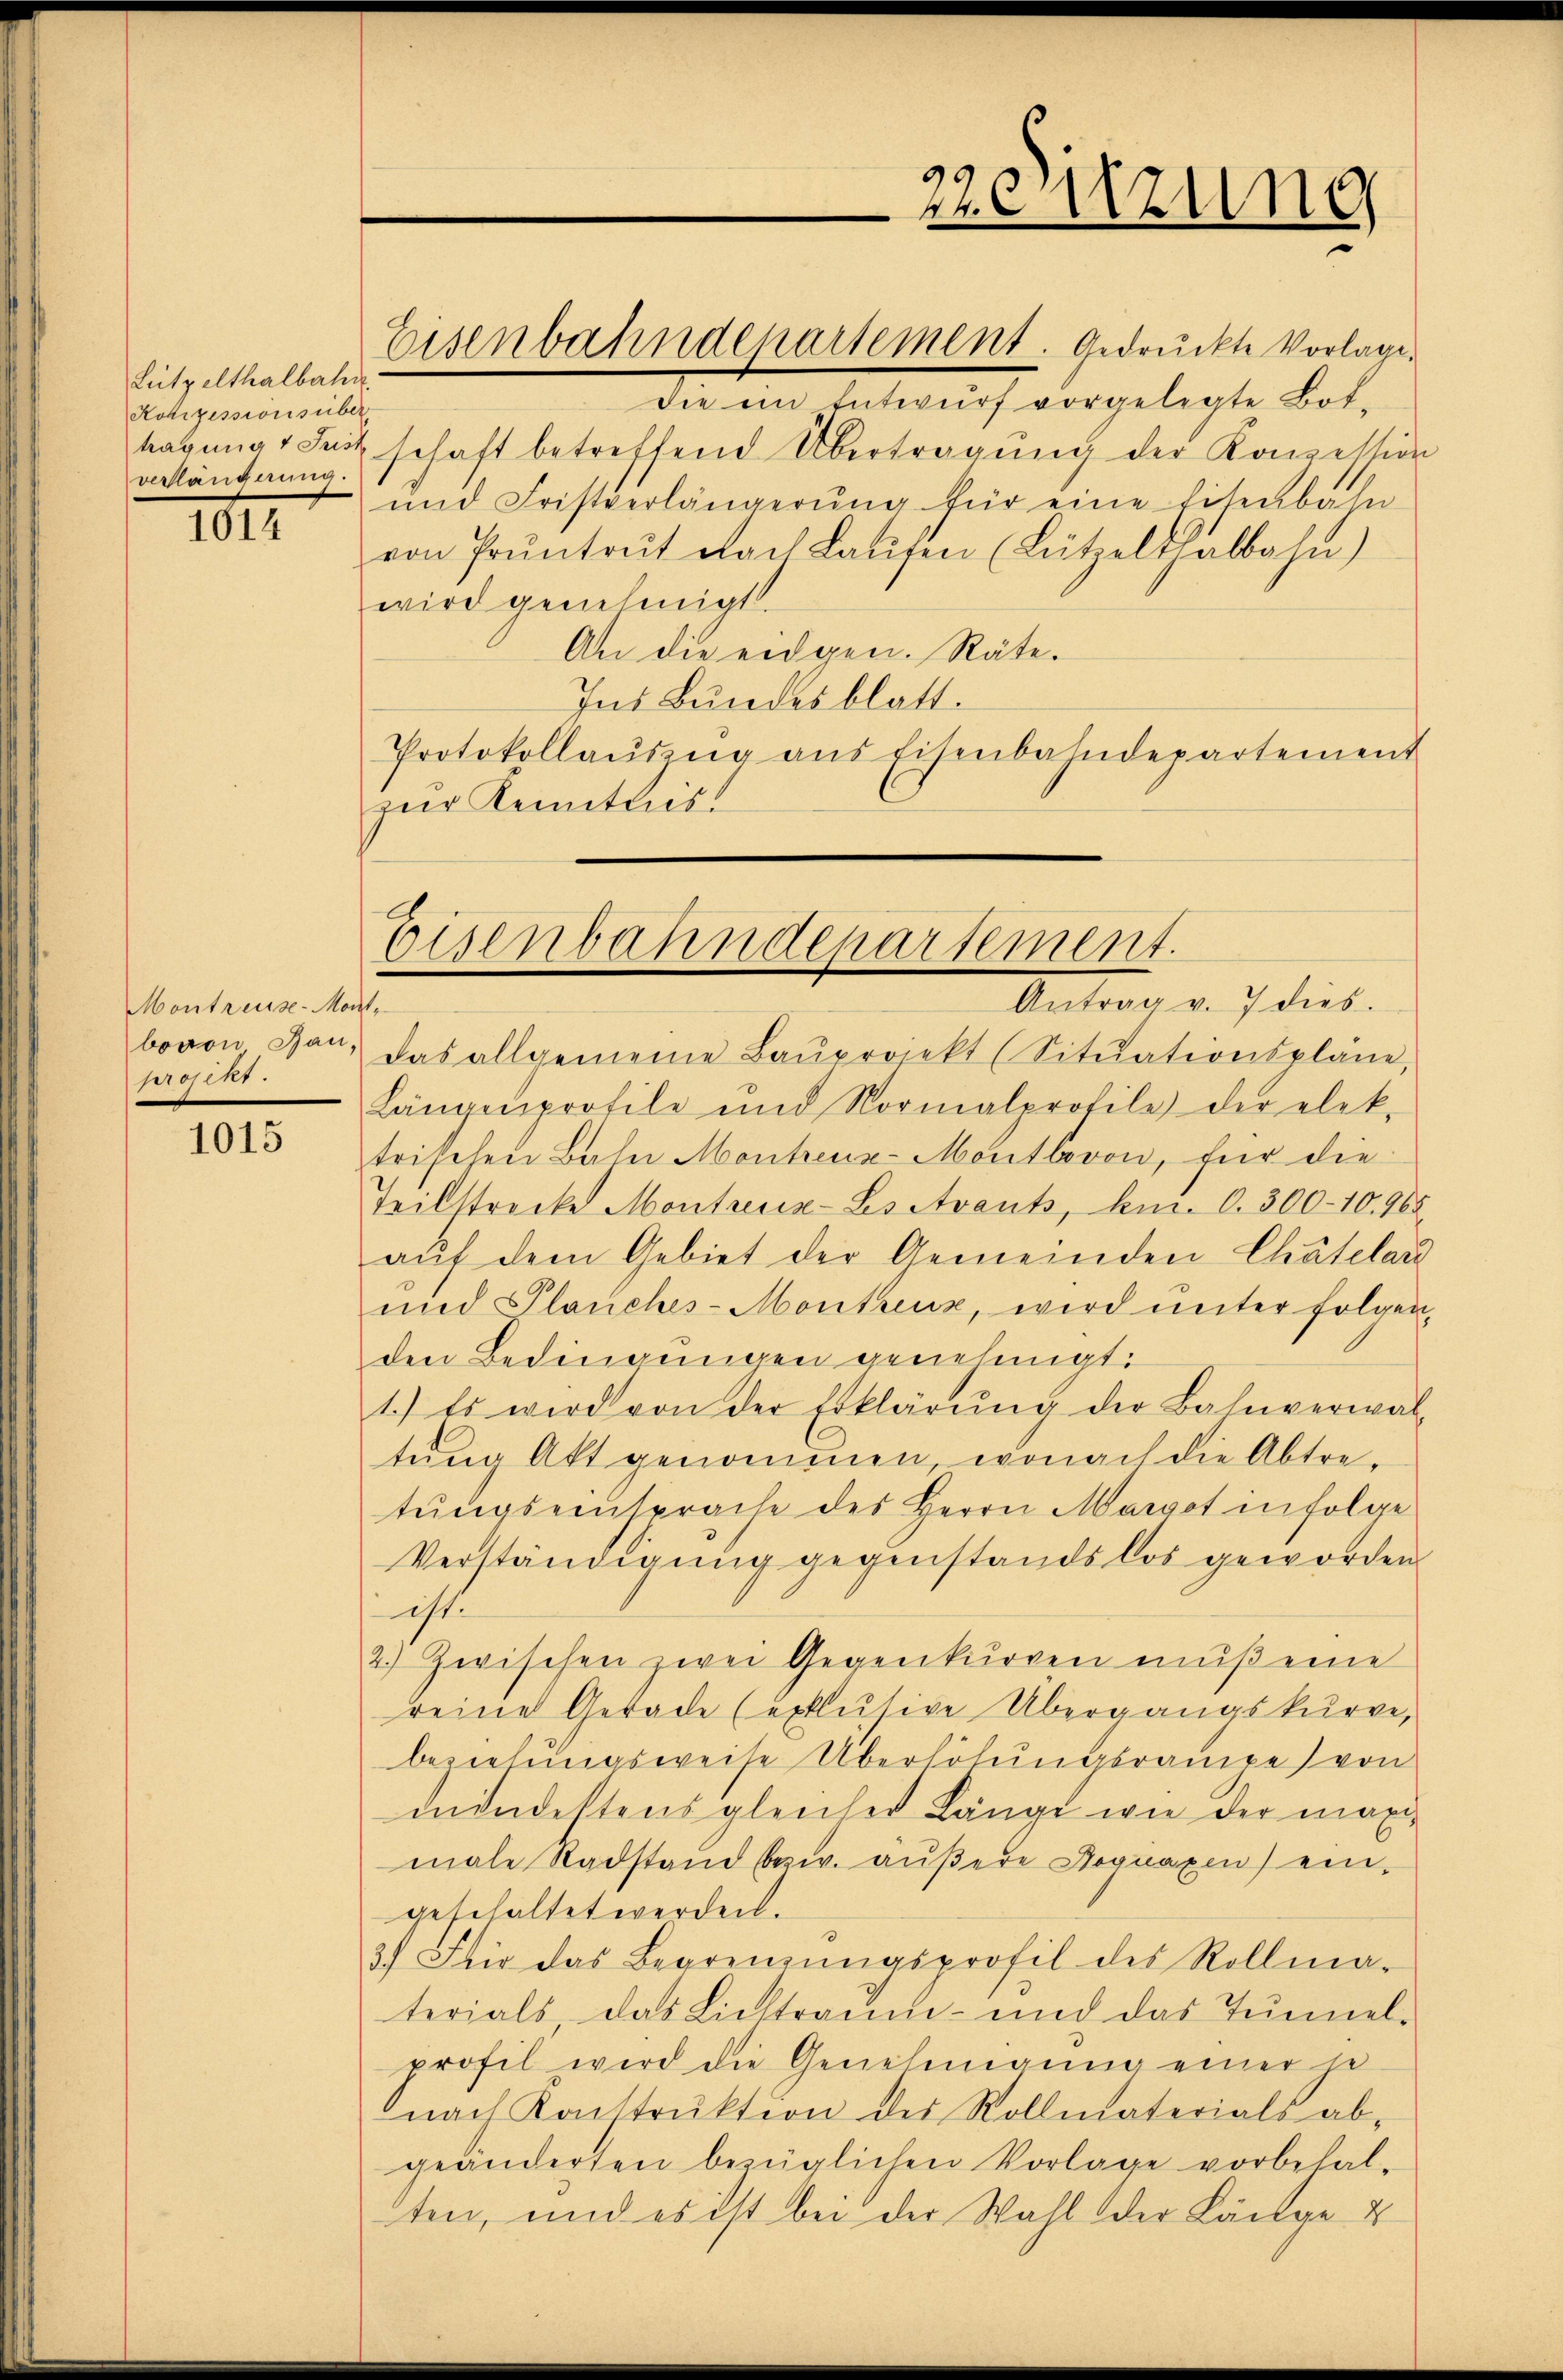
Lützelthalbahn
Kotizessionsüber
verlängerung.

III.

Montreuse-Mont,
prosekr

1015

Eisenbahndepartement. Gedruckte Vorlage.

Eisenbahndepartement.

Anton v. 7 dies
bovon gan, das allgemeine Baŭprojekt (Sitŭationspläne,
Längenprofile und Normalprofile der elek-
trischen Bahn Montreuz-Mortlavon, für die
Teilstrecke Montreuz-Ls Avants, km. 0. 300-10.968.
aŭf dem Gebiet der Gemeinden Chatelard
und Planches-Montreux, wird unter folgen
den Bedingŭngen genehmigt.
1.) Es wird von der Erklärŭng der Bahnverwal-
tŭng Akt genommen, wonach die Abtre-
tŭngseinsprache des Herrn Margot infolge
Verständigung gegenstandslos geworden
ist.
2.) Zwischen zwei Gegenkurren muß eine
reine Gerade (exklusive Übergangskurve,
beziehungsweise Überhöhŭngsrampe von
mindeltens gleicher Länge wie der maxi-
male Radstand bezw. äußere Kognaxen eingeschaltet werden.
3.) Für das Begrenzungsprofil des Rollma-
terials das Lichtraum- und das Tunnel-
profil wird die Genehmigung einer je
nach Konstrŭktion des Rollmaterials ab-
geänderten bezüglichen Vorlage vorbehal-
ten, und es ist bei der Wahl der Länge u

9
esizung
e
e
.

die ein Entwurf vorgelegte Bottagung 1 Seitschaft betreffend Übertragŭng der Konzession
und Fristverlängerŭng für eine Eisenbahn-
von Pruntrut nach Laŭfen (Lützelthalbahn)
wird genehmigt.
An die eidgen. Räte.
Ins Bundesblatt.
Protokollauszug aus Eisenbahndepartement
zur Kenntnis.